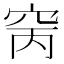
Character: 窉